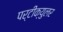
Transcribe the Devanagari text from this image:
पर्टीक्युलर